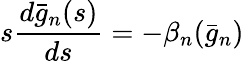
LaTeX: s\frac{d\bar{g}_{n}(s)}{ds}=-\beta_{n}(\bar{g}_{n})